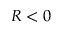
R < 0